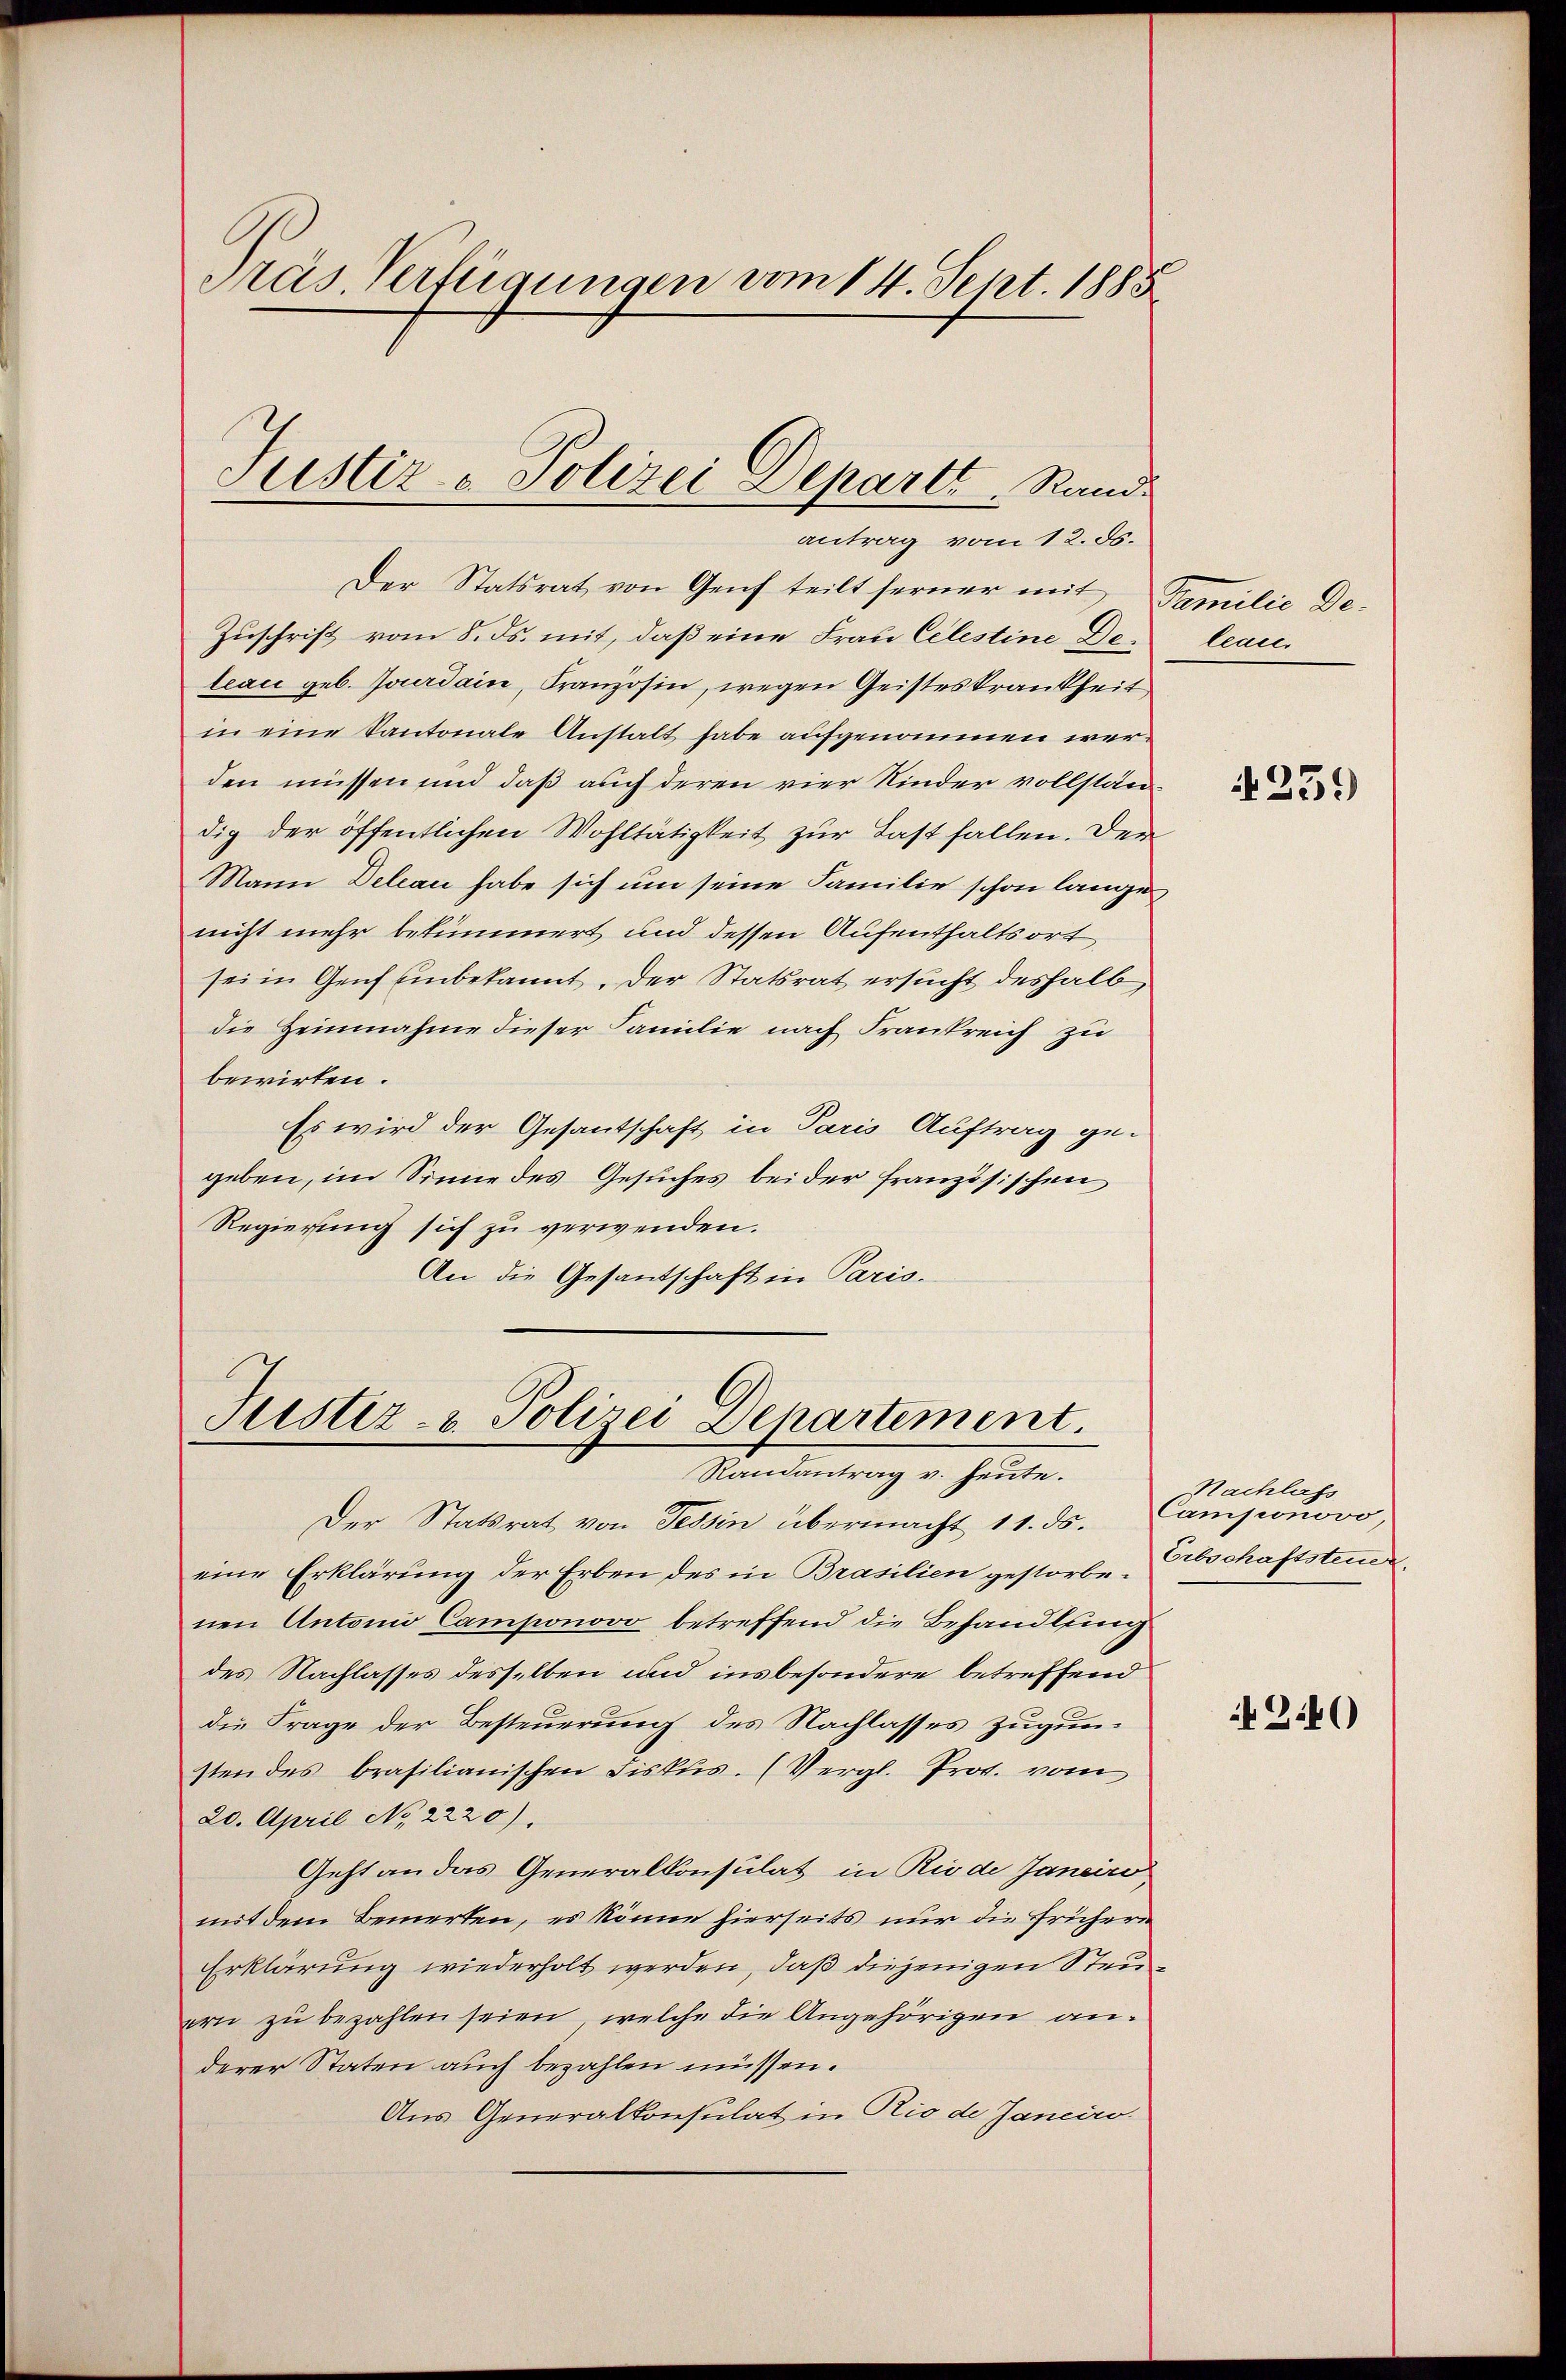
Gras Verfügungen vom 14. Sept. 1885

Der Statsrat von Genf teilt ferner mit Familie De-
Zuschrift vom 8. ds. mit, daß eine Frau Celestine Deleau geb. Jourdain, Französin, wegen Geisteskrankheit,
in eine Kantonale Anstalt habe aufgenommen werden müssen und daß auch deren vier Kinder vollständig der öffentlichen Wohltätigkeit zur Last fallen. Der
Mann Deleau habe sich um seine Familie schon langenicht mehr bekümmert und dessen Aufenthaltsort
sei in Genf einbekannt. Der Statsrat ersucht deshalb
die Heinnahme dieser Familie nach Frankreich zu
bewirten.
Es wird der Gesantschaft in Paris Auftrag ge-
geben, im Sinne des Gesuches beider französischen
Regierung sich zu verwenden.
An die Gesantschaft in Paris-

Justiz - Polizei Departt. Rand
antrag vom 12. ds.

Justiz- & Polizei Departement.
Randantrag v. heute.

Der Statsrat von Tessin übermacht 11. ds.
eine Erklärung der Erben des in Brasilien gestorbenen Antonio Camponovo betreffend die Behandlung
des Nachlasses desselben und insbesondere betreffend
die Frage der Besteuerung des Nachlasses zugunsten des brasilianischen Fiskus. (Vergl. Prot. vom
20. April No 2220).
Geht an das Generalkonsulat in Riede Janeiro
mit dem Bemerken, es könne hierseits nur die frühere
Erklärung wiederholt werden, daß diejenigen Steuern zu bezahlen seien, welche die Angehörigen anderer Staten auch bezahlen müssen.
Aus Generalkonsulat in Rio de Janeiro

leau.

1259)

Nachlass
Camponovo,
Erbschaftsteuer.

N Zib